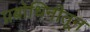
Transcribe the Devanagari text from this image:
प्रबोधिनीतून